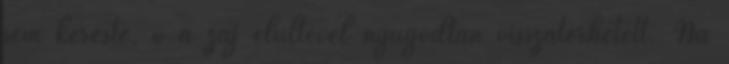
sem kereste, ő a zaj elültével nyugodtan visszatérhetett. Na